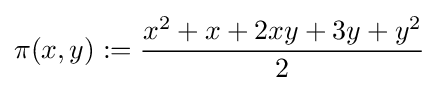
\pi (x,y):={\frac {x^{2}+x+2xy+3y+y^{2}}{2}}